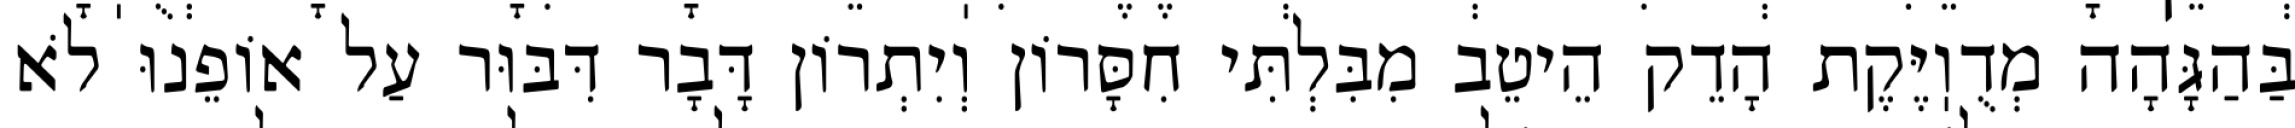
בַּהַגָּהָה מְדֻוֽיֶּקֶת הָדֵק הֵיטֵב מִבִּלְתִּי חִסָּרוֹן וְיִתְרוֹן דָּבָר דִּבּוּר עַל אוֹפֵנוּ לֹא